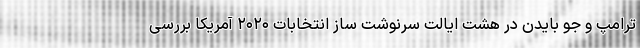
ترامپ و جو بایدن در هشت ایالت سرنوشت ساز انتخابات ۲۰۲۰ آمریکا بررسی